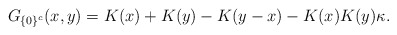
\begin{align*}G_{\{0\}^c}(x,y)=K(x)+K(y)-K(y-x)-K(x)K(y)\kappa.\end{align*}